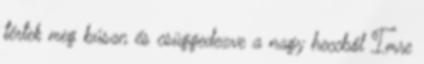
tértek meg búsan és csüggedezve a nagy heccből Imre